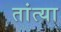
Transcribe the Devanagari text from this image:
तांत्‍या